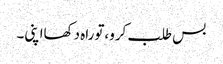
بس طلب کرو،توراہ دکھااپنی۔